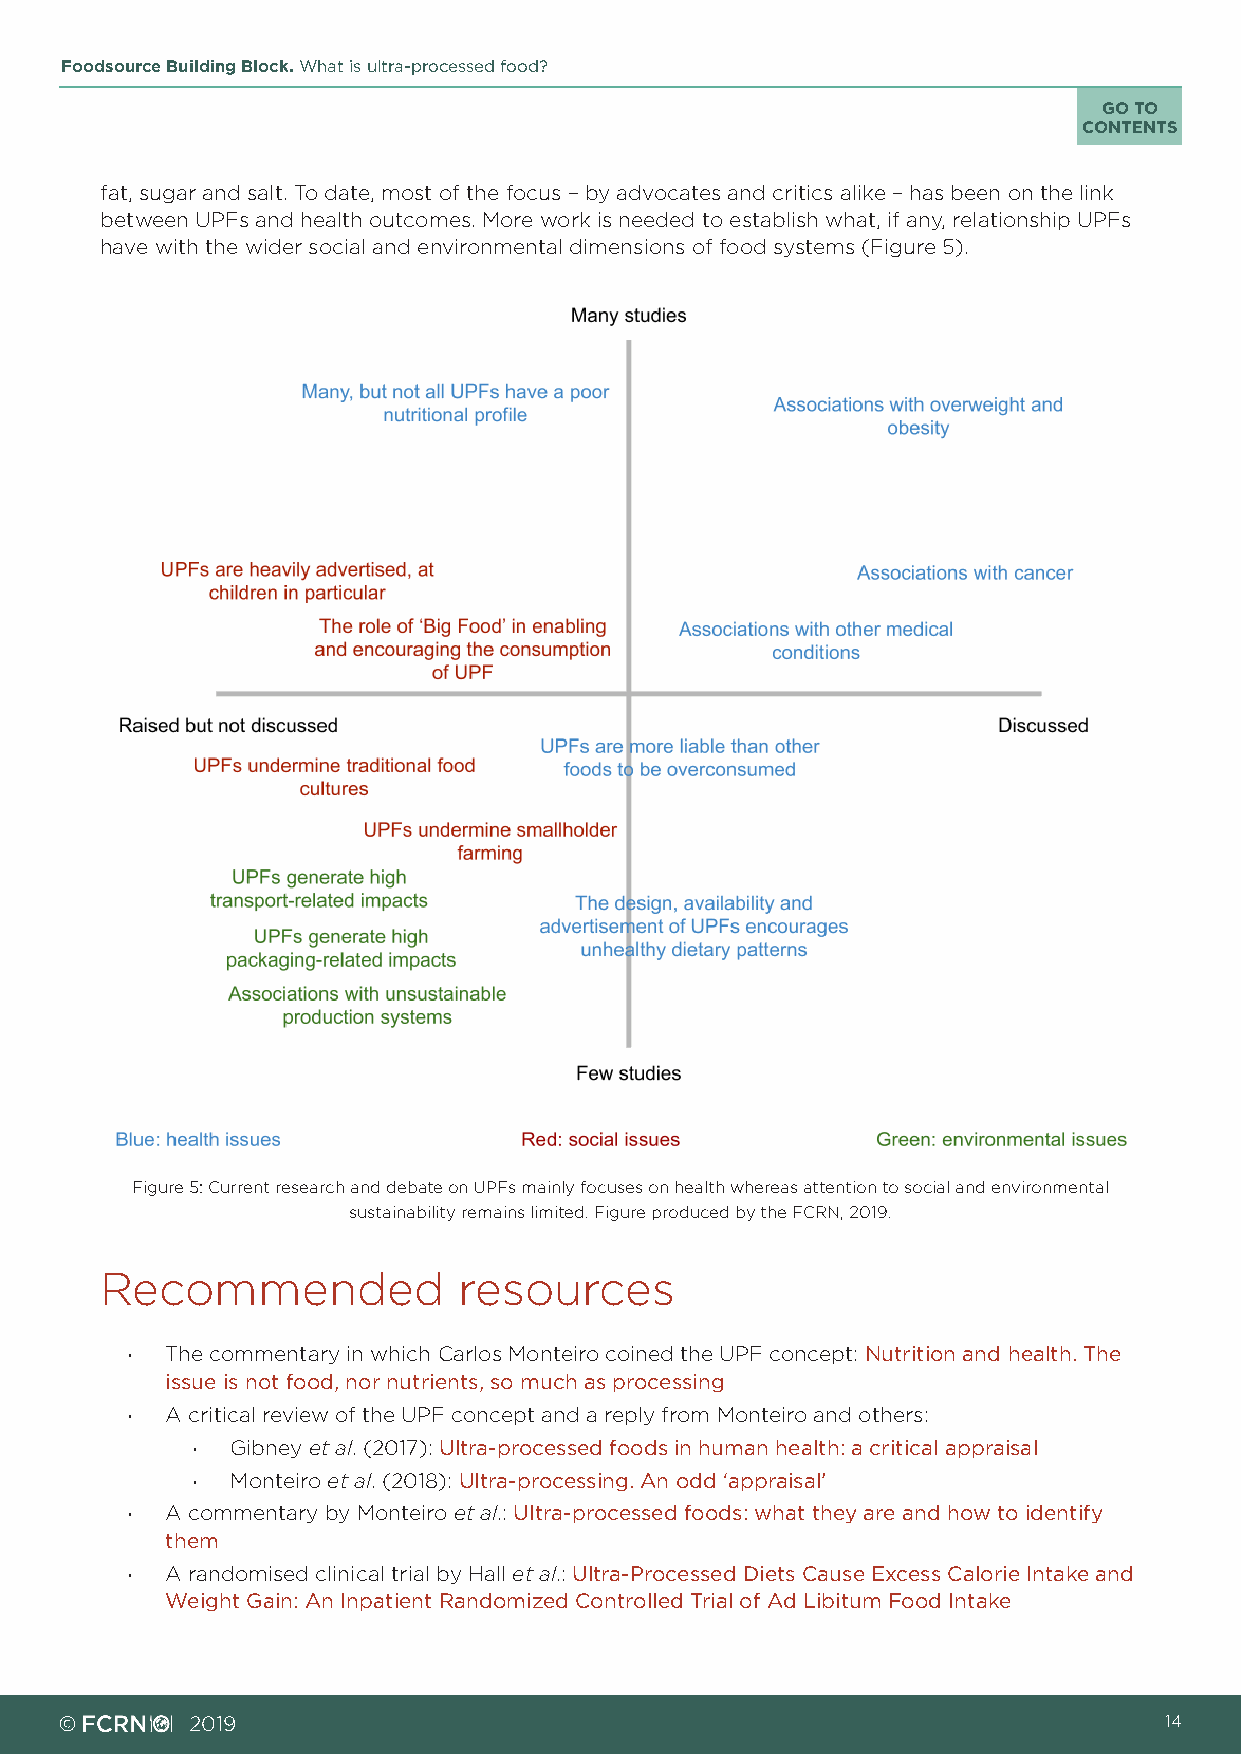
Foodsource Building Block. What is ultra-processed food?
 GO TO
 CONTENTS
 fat, sugar and salt. To date, most of the focus – by advocates and critics alike – has been on the link
 between UPFs and health outcomes. More work is needed to establish what, if any, relationship UPFs
 have with the wider social and environmental dimensions of food systems (Figure 5).
 Figure 5: Current research and debate on UPFs mainly focuses on health whereas attention to social and environmental
 sustainability remains limited. Figure produced by the FCRN, 2019.
 Recommended            resources
 ·  The commentary in which Carlos Monteiro coined the UPF concept: Nutrition and health. The
 issue is not food, nor nutrients, so much as processing
 ·  A critical review of the UPF concept and a reply from Monteiro and others:
 · Gibney et al. (2017): Ultra-processed foods in human health: a critical appraisal
 · Monteiro et al. (2018): Ultra-processing. An odd ‘appraisal’
 ·  A commentary by Monteiro et al.: Ultra-processed foods: what they are and how to identify
 them
 ·  A randomised clinical trial by Hall et al.: Ultra-Processed Diets Cause Excess Calorie Intake and
 Weight Gain: An Inpatient Randomized Controlled Trial of Ad Libitum Food Intake
 ©        2019                                                            14